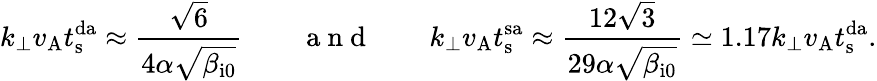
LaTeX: k_{\perp}v_{\mathrm{A}}t_{\mathrm{s}}^{\mathrm{da}}\approx\frac{\sqrt{6}}{4\alpha\sqrt{\beta_{\mathrm{i0}}}}\qquad\mathrm{~a~n~d~}\qquad k_{\perp}v_{\mathrm{A}}t_{\mathrm{s}}^{\mathrm{sa}}\approx\frac{12\sqrt{3}}{29\alpha\sqrt{\beta_{\mathrm{i0}}}}\simeq 1.17k_{\perp}v_{\mathrm{A}}t_{\mathrm{s}}^{\mathrm{da}}.